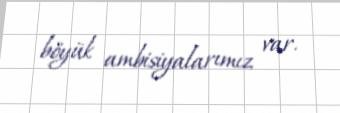
böyük ambisiyalarımız var.